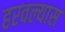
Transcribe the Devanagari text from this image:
हरवल्यास